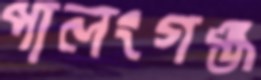
পালংগঞ্জ